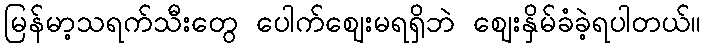
မြန်မာ့သရက်သီးတွေ ပေါက်ဈေးမရရှိဘဲ ဈေးနှိမ်ခံခဲ့ရပါတယ်။